画像に写った文字を読んでください
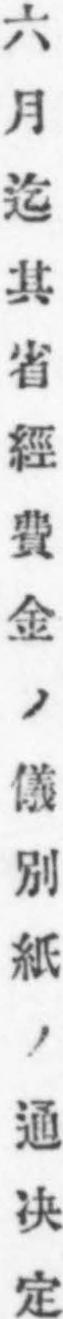
「六月迄其省經費金ノ儀別紙ノ通决定」と書いてあります